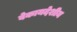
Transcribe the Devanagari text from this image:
बेकायदेशीय